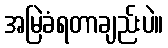
အမြဲခံရတာချည်းပဲ။